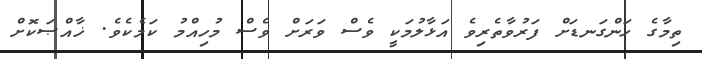
ތިމާގެ ހަންގަނޑަށް ފަރުވާތެރިވެ އަޅާލުމަކީ ވެސް ވަރަށް ވެސް މުހިއްމު ކަމެކެވެ. ޚާއްޞަކޮށް